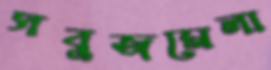
সবুজমেলা